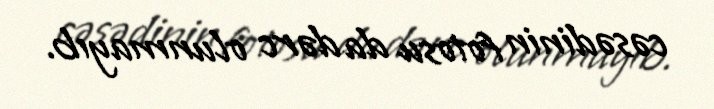
cəsədinin fotosu da dərc olunmayıb.